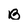
Character: B